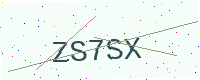
Text: ZS7SX